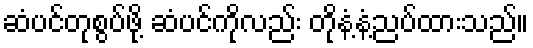
ဆံပင်တုစွပ်ဖို့ ဆံပင်ကိုလည်း တိုနံ့နံ့ညပ်ထားသည်။